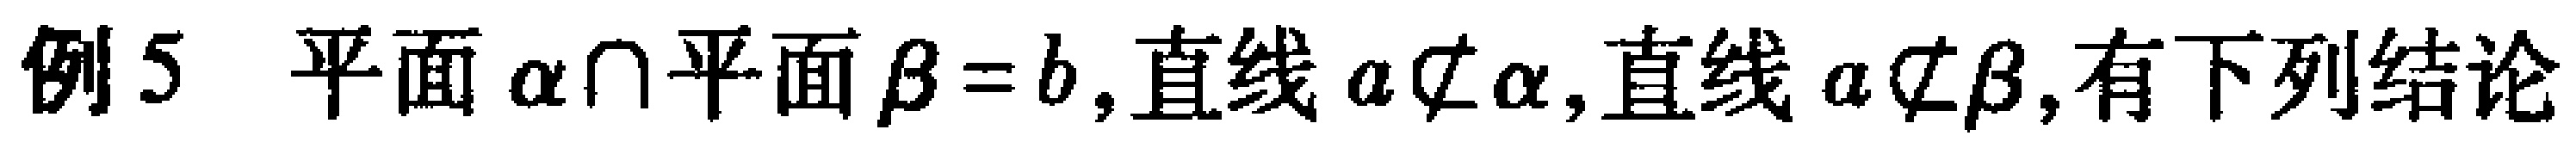
例5 平面$\alpha \cap$平面$\beta =b$,直线$a\not\subset \alpha$,直线$a\not\subset \beta$,有下列结论